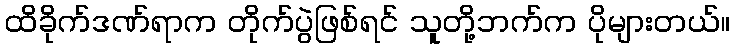
ထိခိုက်ဒဏ်ရာက တိုက်ပွဲဖြစ်ရင် သူတို့ဘက်က ပိုများတယ်။